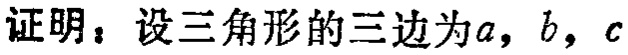
证明：设三角形的三边为\(a\)，\(b\)，\(c\)